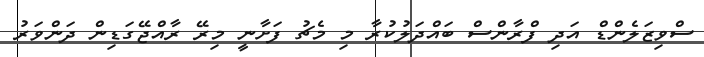
ސްވިޒަލެންޑް އަދި ފްރާންސް ބައްދަލުކުރާ މި މެޗު ފަށާނީ މިރޭ ރާއްޖޭގަޑިން ދަންވަރު